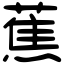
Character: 蕉